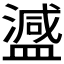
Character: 𬐴